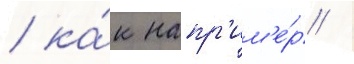
/ ка́к напр'им'е́р /